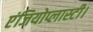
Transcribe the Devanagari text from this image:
एंजियोप्लास्टी।